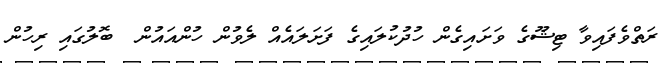
ރަތްވެފައިވާ ޓިޝޫގެ ވަށައިގެން ހުދުކުލައިގެ ފަށަލައެއް ލެވުން ހުންއައުން  ބޮލުގައި ރިހުން